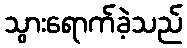
သွားရောက်ခဲ့သည်